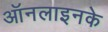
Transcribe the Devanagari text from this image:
ऑनलाइनके